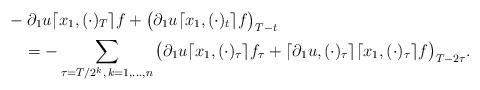
LaTeX: \begin{align*} &-\partial_1 u \lceil x_1, (\cdot)_{T}\rceil f + \big(\partial_1 u \lceil x_1, (\cdot)_{t}\rceil f\big)_{T-t}\\&\quad=-\sum_{\tau=T/2^k, \, k=1, \dots, n } \big(\partial_1 u \lceil x_1, (\cdot)_{\tau}\rceil f_{\tau}+\lceil \partial_1 u, (\cdot)_{\tau}\rceil \lceil x_1, (\cdot)_{\tau}\rceil f \big)_{T-2\tau}.\end{align*}